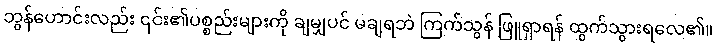
ဘွန်ဟောင်းလည်း ၎င်း၏ပစ္စည်းများကို ချမျှပင် မချရဘဲ ကြက်သွန် ဖြူရှာရန် ထွက်သွားရလေ၏။